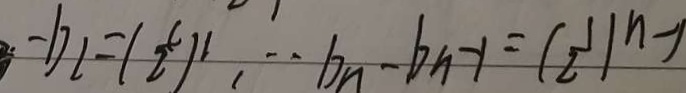
- b _ { 2 } = ( \frac { c } { 2 } ) ^ { 2 } , \cdot b _ { n } - b _ { n } - 1 = ( \frac { 1 } { 2 } ) ^ { n - 1 }